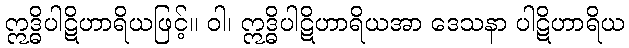
ဣဒ္ဓိပါဋိဟာရိယဖြင့်။ ဝါ၊ ဣဒ္ဓိပါဋိဟာရိယအာ ဒေသနာ ပါဋိဟာရိယ